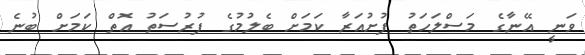
ވަނީ އޭނާގެ މަސްލަހަތު ފުށުއަރާ ކަމަށް ބެލުމުގެ ފުރުސަތު އޮތް ކަމަށް ބުނެ